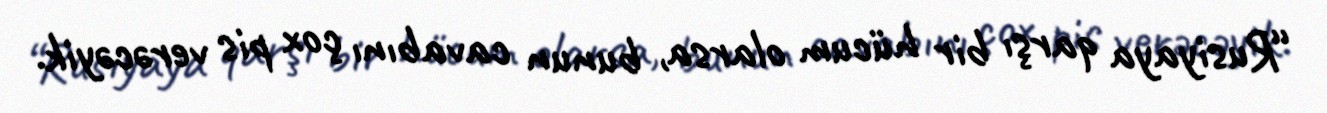
“Rusiyaya qarşı bir hücum olarsa, bunun cavabını çox pis verəcəyik.